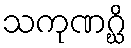
သကုဏဂ္ဃိ